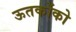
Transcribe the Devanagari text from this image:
ऊतकोंको